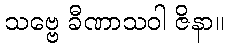
သဗ္ဗေ ခီဏာသဝါ ဇိနာ။